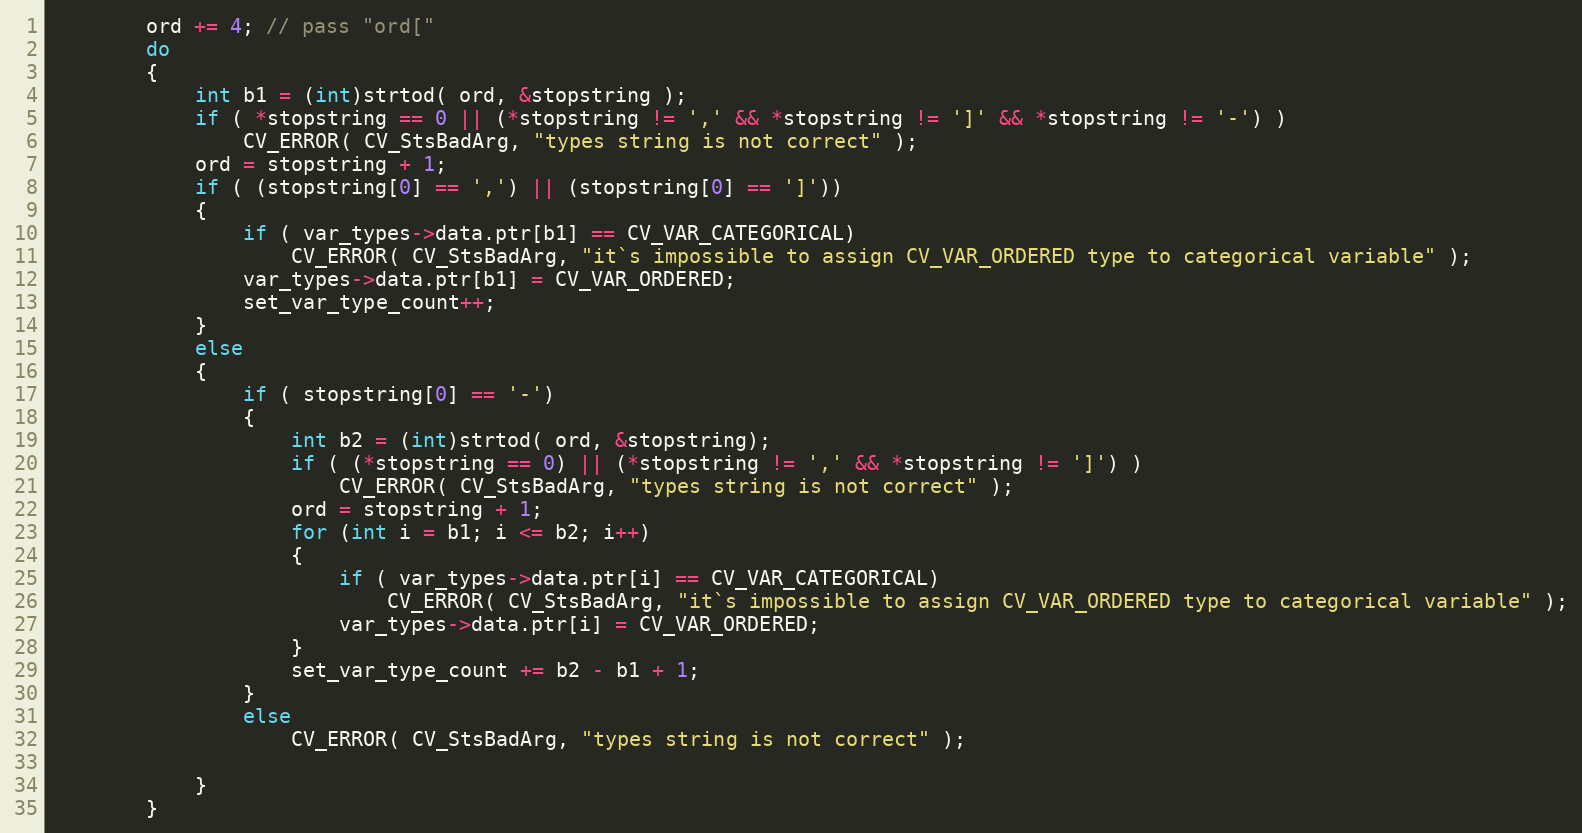
Language: C++
        ord += 4; // pass "ord["
        do
        {
            int b1 = (int)strtod( ord, &stopstring );
            if ( *stopstring == 0 || (*stopstring != ',' && *stopstring != ']' && *stopstring != '-') )
                CV_ERROR( CV_StsBadArg, "types string is not correct" );
            ord = stopstring + 1;
            if ( (stopstring[0] == ',') || (stopstring[0] == ']'))
            {
                if ( var_types->data.ptr[b1] == CV_VAR_CATEGORICAL)
                    CV_ERROR( CV_StsBadArg, "it`s impossible to assign CV_VAR_ORDERED type to categorical variable" );
                var_types->data.ptr[b1] = CV_VAR_ORDERED;
                set_var_type_count++;
            }
            else
            {
                if ( stopstring[0] == '-')
                {
                    int b2 = (int)strtod( ord, &stopstring);
                    if ( (*stopstring == 0) || (*stopstring != ',' && *stopstring != ']') )
                        CV_ERROR( CV_StsBadArg, "types string is not correct" );
                    ord = stopstring + 1;
                    for (int i = b1; i <= b2; i++)
                    {
                        if ( var_types->data.ptr[i] == CV_VAR_CATEGORICAL)
                            CV_ERROR( CV_StsBadArg, "it`s impossible to assign CV_VAR_ORDERED type to categorical variable" );
                        var_types->data.ptr[i] = CV_VAR_ORDERED;
                    }
                    set_var_type_count += b2 - b1 + 1;
                }
                else
                    CV_ERROR( CV_StsBadArg, "types string is not correct" );

            }
        }